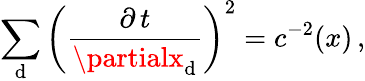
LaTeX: \sum_{\mathrm{d}}\left(\frac{{\partial\, t}}{{\partialx_{\mathrm{d}}}}\right)^{2}=c^{-2}(x)\, ,